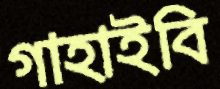
গাহাইবি